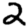
Digit: 2